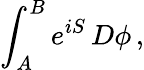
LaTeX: \int_{A}^{B}e^{iS}\, D\phi\, ,